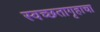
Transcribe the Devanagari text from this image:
स्वच्छतागृहाचा